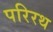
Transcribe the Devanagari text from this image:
परिरथ